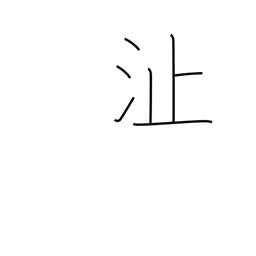
Meaning: shoal